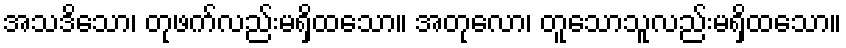
အသဒိသော၊ တုဖက်လည်းမရှိထသော။ အတုလော၊ တူသောသူလည်းမရှိထသော။